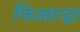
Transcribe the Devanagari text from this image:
फिआन्द्रा